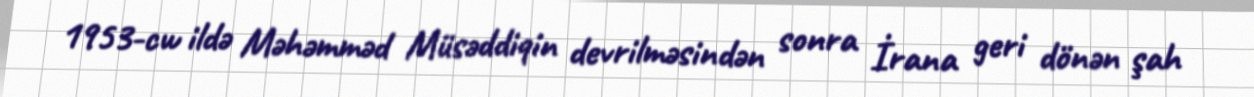
1953-cw ildə Məhəmməd Müsəddiqin devrilməsindən sonra İrana geri dönən şah